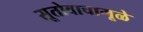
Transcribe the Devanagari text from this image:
सूतोवाचामूळे